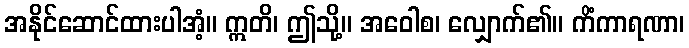
အနိုင်ဆောင်ထားပါအံ့။ ဣတိ၊ ဤသို့။ အဝေါစ၊ လျှောက်၏။ ကိံကာရဏာ၊